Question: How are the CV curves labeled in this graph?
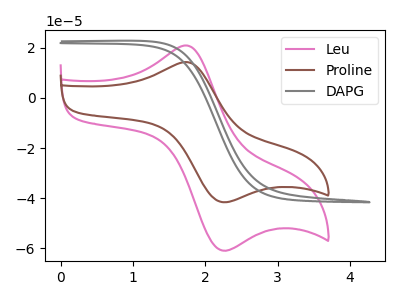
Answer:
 <answer>The pink curve is labeled "Leu". The brown curve is labeled "Proline". The gray curve is labeled "DAPG".</answer>
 <eval></eval>